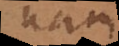
nam